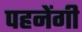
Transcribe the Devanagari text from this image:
पहनेंगी